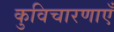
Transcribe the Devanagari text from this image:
कुविचारणाएँ